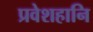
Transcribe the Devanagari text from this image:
प्रवेशहानि